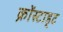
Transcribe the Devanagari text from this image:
क्रोंस्टाड्ट